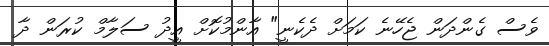
ވެސް ގެންދަން ޖެހޭނެ ކަމަށް ދެކެނީ" އާންމުކޮށް އީދު ސަލާމް ކުރަން ދާ